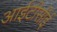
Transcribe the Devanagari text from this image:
आईटीसीई